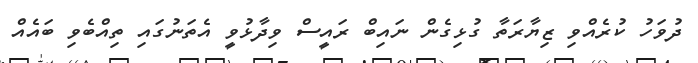
ދުވަހު ކުރެއްވި ޒިޔާރަތާ ގުޅިގެން ނައިބް ރައީސް ވިދާޅުވީ އެތަނުގައި ތިއްބެވި ބައެއް